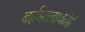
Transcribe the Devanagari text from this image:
बर्हमाल्यावतंसं